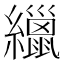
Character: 𦆻